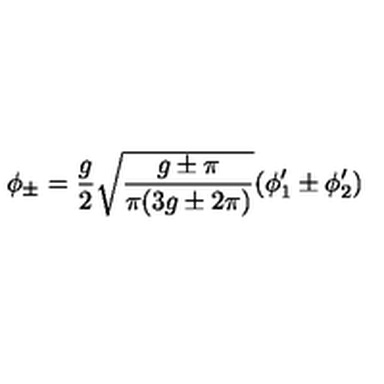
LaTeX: \phi _ { \pm } = \frac { g } { 2 } \sqrt { \frac { g \pm \pi } { \pi ( 3 g \pm 2 \pi ) } } ( \phi _ { 1 } ^ { \prime } \pm \phi _ { 2 } ^ { \prime } )